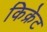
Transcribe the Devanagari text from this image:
किक्रेट